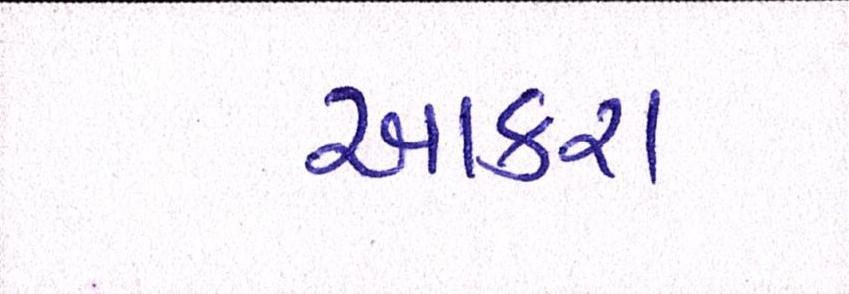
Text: આકરા